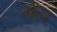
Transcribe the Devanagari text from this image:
मेंटा